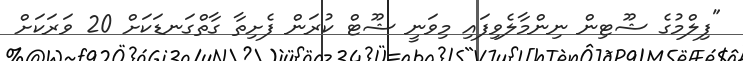
"ފިލްމުގެ ޝޫޓިން ނިންމާލެވިފައި މިވަނީ ޝޫޓް ކުރަން ފެށިތާ ގާތްގަނޑަކަށް 20 ވަރަކަށް